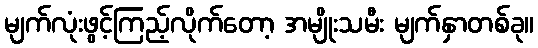
မျက်လုံးဖွင့်ကြည့်လိုက်တော့ အမျိုးသမီး မျက်နှာတစ်ခု။